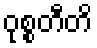
ဝုစ္စတီတိ